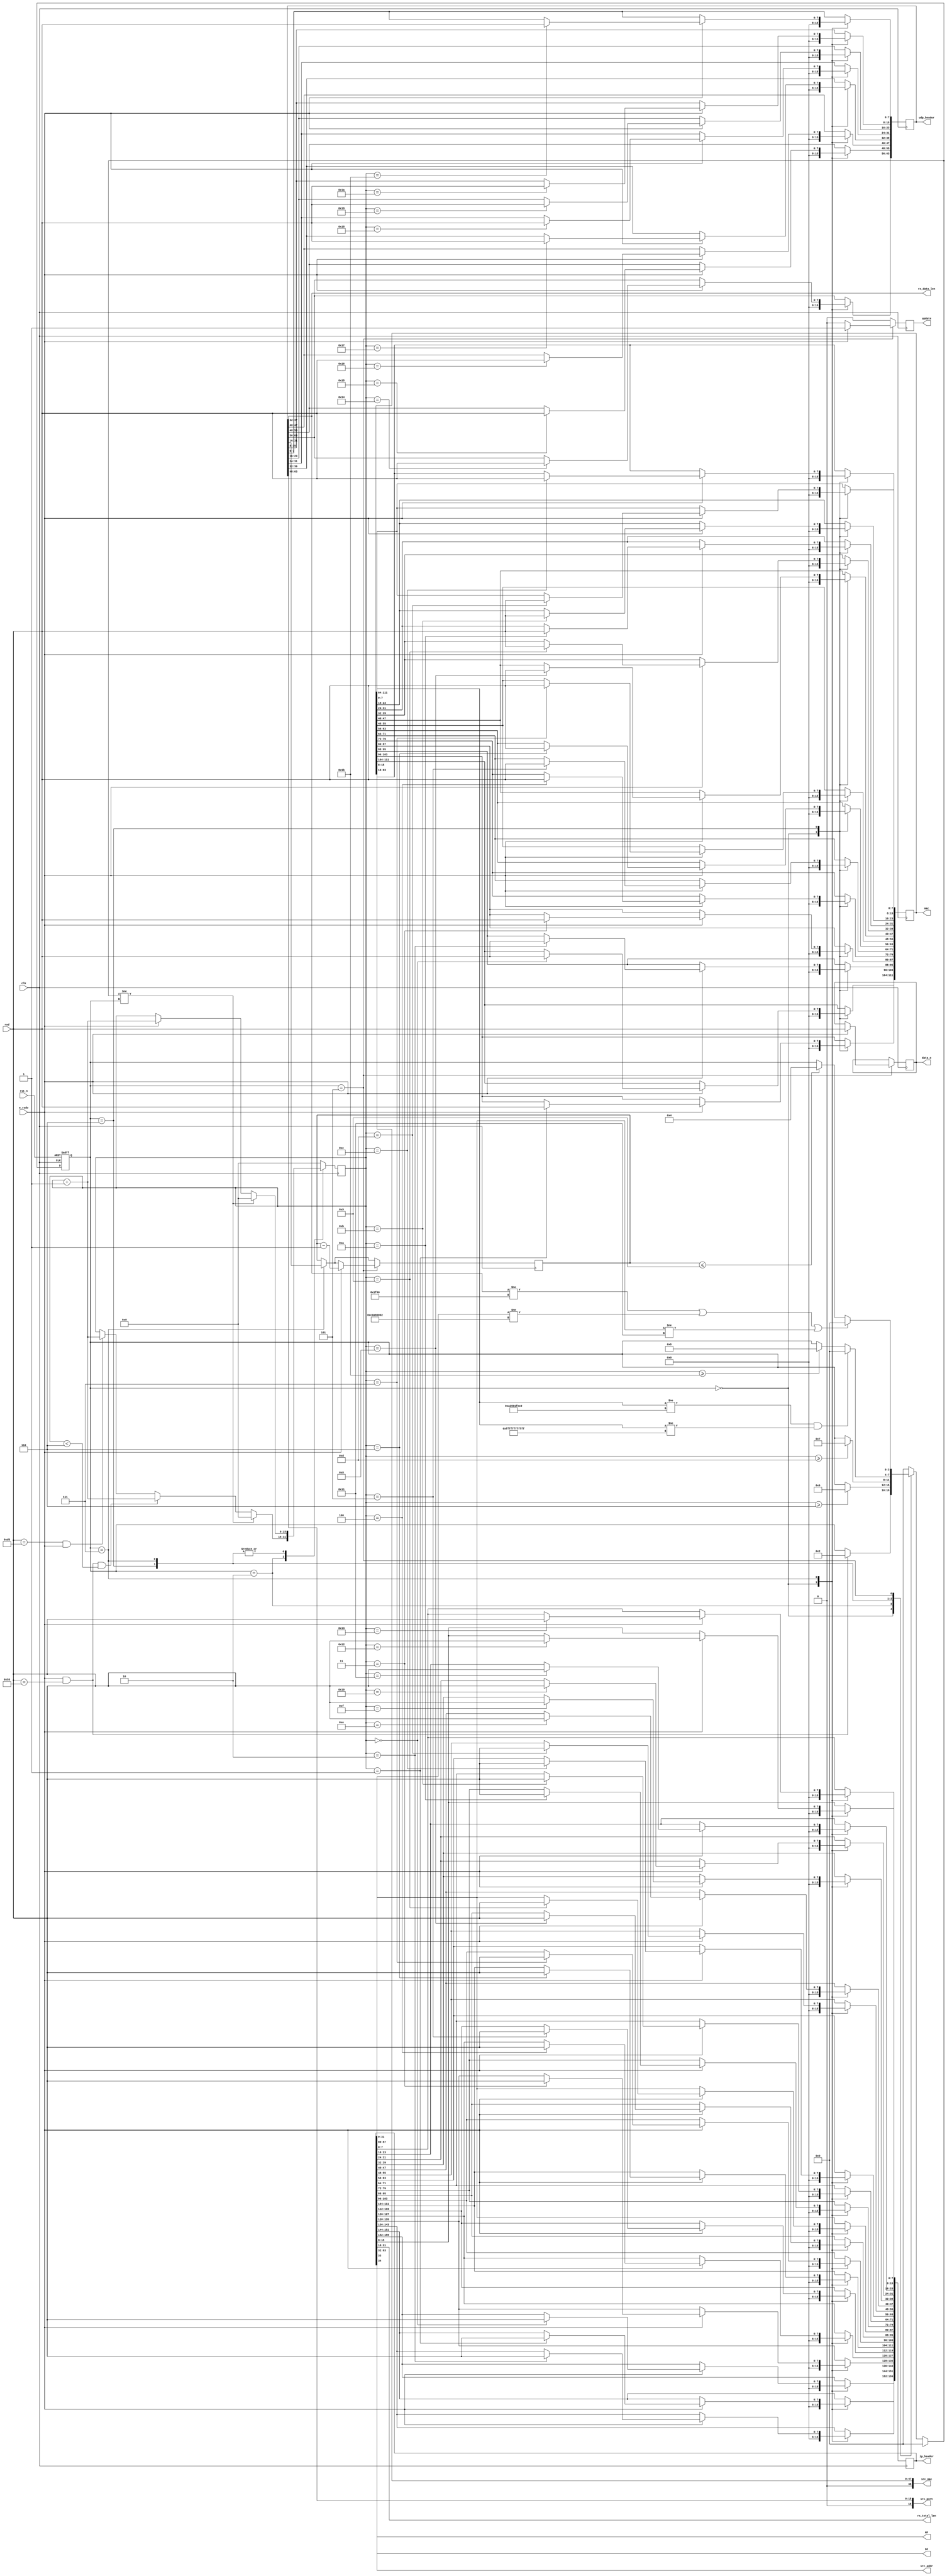
/**
	*	@Function: Ethernet Send UDP
	*	@Date		:	2019/05/26
	*	@Vision		:	v1.0
	*	@Note		:
	*	@Author		:	WoodFan
	*	@param	clk		: fpga main clock
	*	@param	rst_n	: active low reset signal
	*	@param	rx_data_len: rx udp data length parameter
	*	@param	rx_total_len: rx ip data length parameter
	*	@param	update	: rx data update
	*	@param	ip_header: ip packet header
	*	@param	udp_header:udp packet header
	*	@param	mac		: dst mac, src mac, ip type
	*	@param	data_o	: data output 
	*	@param	src_mac	: source mac addr
	*	@param	src_addr: source ip addr
	*	@param	src_port: source port addr
	*	@param	DF		: ip packet parameter
	*	@param	MF		: ip packet parameter
	*	@param	e_rxdv	: rx already signal
	*	@param	rxd		: rxd data
	
	*/
module udp_receive
#
(
/* 192.168.0.2*/
parameter	CAN_RECEIVE_BROADCAST = 1,
parameter	DST_ADDR = 32'hc0a80002,
parameter	DST_PORT = 16'd8000,
parameter	DST_MAC	= 48'h000a3501fec0
)
(
	/* system signal*/
	input				clk		,
	input				rst_n	,
	/* user control*/
	output		[15:0]	rx_data_len,
	output		[15:0]	rx_total_len,
	output	reg			update	,
	output	reg	[159:0]	ip_header,
	output	reg	[63:0]	udp_header,
	output	reg	[111:0]	mac		,
	output	reg	[7:0]	data_o	,
	output		[48:0]	src_mac	,
	output		[31:0]	src_addr,
	output		[16:0]	src_port,
	output				DF		,
	output				MF		,
	/* PHY interface*/
	input				e_rxdv	,	
	input		[7:0]	rxd
);

localparam	PRESEMBLE	=	8'h55			;
localparam  PRESTART	=	8'hd5			;
localparam	IP_TYPE		=	16'h0800		;
localparam	UDP_TYPE 	=	8'h11			;
localparam	BROAD_MAC	=	CAN_RECEIVE_BROADCAST ? 48'hffffffffffff : DST_MAC;

localparam	PRE_CNT		=	7		,
			MAC_CNT		=	14		,
			HRD_CNT		=	28		,
			CRC_CNT		=	4		,
			CODE_CNT 	= 	12		;

localparam	IDLE = 4'b0000			, 
			R_PRE = 4'b0010			,
			R_MAC = 4'b0110			,
			R_HEADER = 4'b0111		,
			R_DATA=	4'b0101			,
			R_FIHISH = 4'b0100		;
			
reg	[3:0]	state				/*synthesis preserve*/;
reg	[3:0]	nxt_state			/*synthesis preserve*/;
reg [15:0]	cnt					;
reg [15:0]	rdata_len			;
reg			rxer					;

wire [47:0]	dst_mac_w			;
wire [31:0]	dst_addr_w			;
wire [15:0] dst_port_w			;
wire [7:0]	ip_type				;
wire [15:0] ethernet_type		;

assign	src_mac = mac[63:16]		;
assign	dst_mac_w = mac[111:64]		;
assign	src_addr= ip_header[63:32]	;
assign	dst_addr_w = ip_header[31:0];
assign	src_port= udp_header[63:48]	;
assign	dst_port_w= udp_header[47:32];
assign	ip_type	= ip_header[87:80]	;
assign  ethernet_type = mac[15:0]	;

assign	rx_total_len = ip_header[31:16]	;
assign	rx_data_len	= udp_header[47:32]	;
assign	DF	=	ip_header[33]			;
assign	MF	=	ip_header[34]			;

always @ (posedge clk or negedge rst_n)
begin
	if (!rst_n)
		state	<=	'd0;
	else
		state	<=	nxt_state;
end

always @ (*)
begin
	nxt_state	=	state;
	
	if (rxer)
		nxt_state	=	IDLE;
	else
	begin
		case (state)
		IDLE:
			if (e_rxdv && rxd == PRESEMBLE)
				nxt_state = R_PRE;
		
		R_PRE:
			if (cnt >= PRE_CNT - 16'd1)
				nxt_state = R_MAC;
		
		R_MAC:
			if (cnt >= MAC_CNT - 16'd1)
				nxt_state = R_HEADER;
		
		R_HEADER:
			if (dst_mac_w != DST_MAC && dst_mac_w != BROAD_MAC)
				nxt_state = IDLE;
			else if (cnt >= HRD_CNT - 16'd1)
				nxt_state = R_DATA;
		
		R_DATA:
			if (dst_port_w != DST_PORT || dst_addr_w != DST_ADDR || ip_type != UDP_TYPE)
				nxt_state = IDLE;
			else if (rdata_len <= 16'd9)
				nxt_state = R_FIHISH;
		
		R_FIHISH: nxt_state = IDLE;
		
		default: nxt_state = IDLE;
		endcase
	end
end

//cnt
always @ (posedge clk)
begin
	case (state)
	R_PRE:
	begin
		if (nxt_state != state)
			cnt	<=	16'd0;
		else if ((rxd == PRESEMBLE) && e_rxdv && cnt < PRE_CNT - 16'd1)
			cnt	<=	cnt + 16'd1;
		else if ((rxd == PRESTART) && e_rxdv)
			cnt	<=	cnt + 16'd1;
	end
	
	R_MAC, R_HEADER:
	begin
		if (nxt_state != state)
			cnt <=	'd0;
		else if (e_rxdv)
			cnt	<=	cnt + 16'd1;
	end
	
	default:	cnt	<=	16'd0;
	endcase
end

//ip_header, udp_header, mac
always @ (posedge clk)
begin
	case (state)
	IDLE:
	begin
		ip_header	<=	160'd0;
		udp_header	<=	64'd0;
		mac			<=	112'd0;
	end
	
	R_MAC:
		if (e_rxdv)
			case (cnt)
			16'd0:	mac[111:104] <= rxd;
			16'd1:	mac[103:96] <= rxd;
			16'd2:	mac[95:88] 	<= rxd;
			16'd3:	mac[87:80] 	<= rxd;
			16'd4:	mac[79:72] 	<= rxd;
			16'd5:	mac[71:64] 	<= rxd;
			16'd6:	mac[63:56] 	<= rxd;
			16'd7:	mac[55:48] 	<= rxd;
			16'd8:	mac[47:40] 	<= rxd;
			16'd9:	mac[39:32] 	<= rxd;
			16'd10: 	mac[31:24] 	<= rxd;
			16'd11: 	mac[23:16] 	<= rxd;
			16'd12: 	mac[15:8] 	<= rxd;
			16'd13: 	mac[7:0] 	<= rxd;
			default:;
			endcase
	
	R_HEADER:
		if (e_rxdv)
		begin		
			case (cnt)
			16'd0: ip_header[159:152] <= rxd;
			16'd1: ip_header[151:144] <= rxd;
			16'd2: ip_header[143:136] <= rxd;
			16'd3: ip_header[135:128] <= rxd;
			16'd4: ip_header[127:120] <= rxd;
			16'd5: ip_header[119:112] <= rxd;
			16'd6: ip_header[111:104] <= rxd;
			16'd7: ip_header[103:96] <= rxd;
			16'd8: ip_header[95:88] <= rxd;
			16'd9: ip_header[87:80] <= rxd;
			16'd10: ip_header[79:72] <= rxd;
			16'd11: ip_header[71:64] <= rxd;
			16'd12: ip_header[63:56] <= rxd;
			16'd13: ip_header[55:48] <= rxd;
			16'd14: ip_header[47:40] <= rxd;
			16'd15: ip_header[39:32] <= rxd;
			16'd16: ip_header[31:24] <= rxd;
			16'd17: ip_header[23:16] <= rxd;
			16'd18: ip_header[15:8] <= rxd;
			16'd19: ip_header[7:0] <= rxd;
			16'd20: udp_header[63:56] <= rxd;
			16'd21: udp_header[55:48] <= rxd;
			16'd22: udp_header[47:40] <= rxd;
			16'd23: udp_header[39:32] <= rxd;
			16'd24: udp_header[31:24] <= rxd;
			16'd25: udp_header[23:16] <= rxd;
			16'd26: udp_header[15:8] <= rxd;
			16'd27: udp_header[7:0] <= rxd;
			default: ;
			endcase
		end
	default: ;
	endcase
end

//rdata_len, update, data_o
always @ (posedge clk)
begin
	if (state == R_HEADER)
	begin
		rdata_len <= udp_header[31:16];	
	end
	if (state == R_DATA)
	begin
		if (e_rxdv)
		begin
			rdata_len <=	rdata_len - 16'd1;
			update	<=	1'b1;
			data_o	<=	rxd;
		end
		else
			update	<=	1'b0;
	end
	else
		update	<=	1'b0;
end		
endmodule